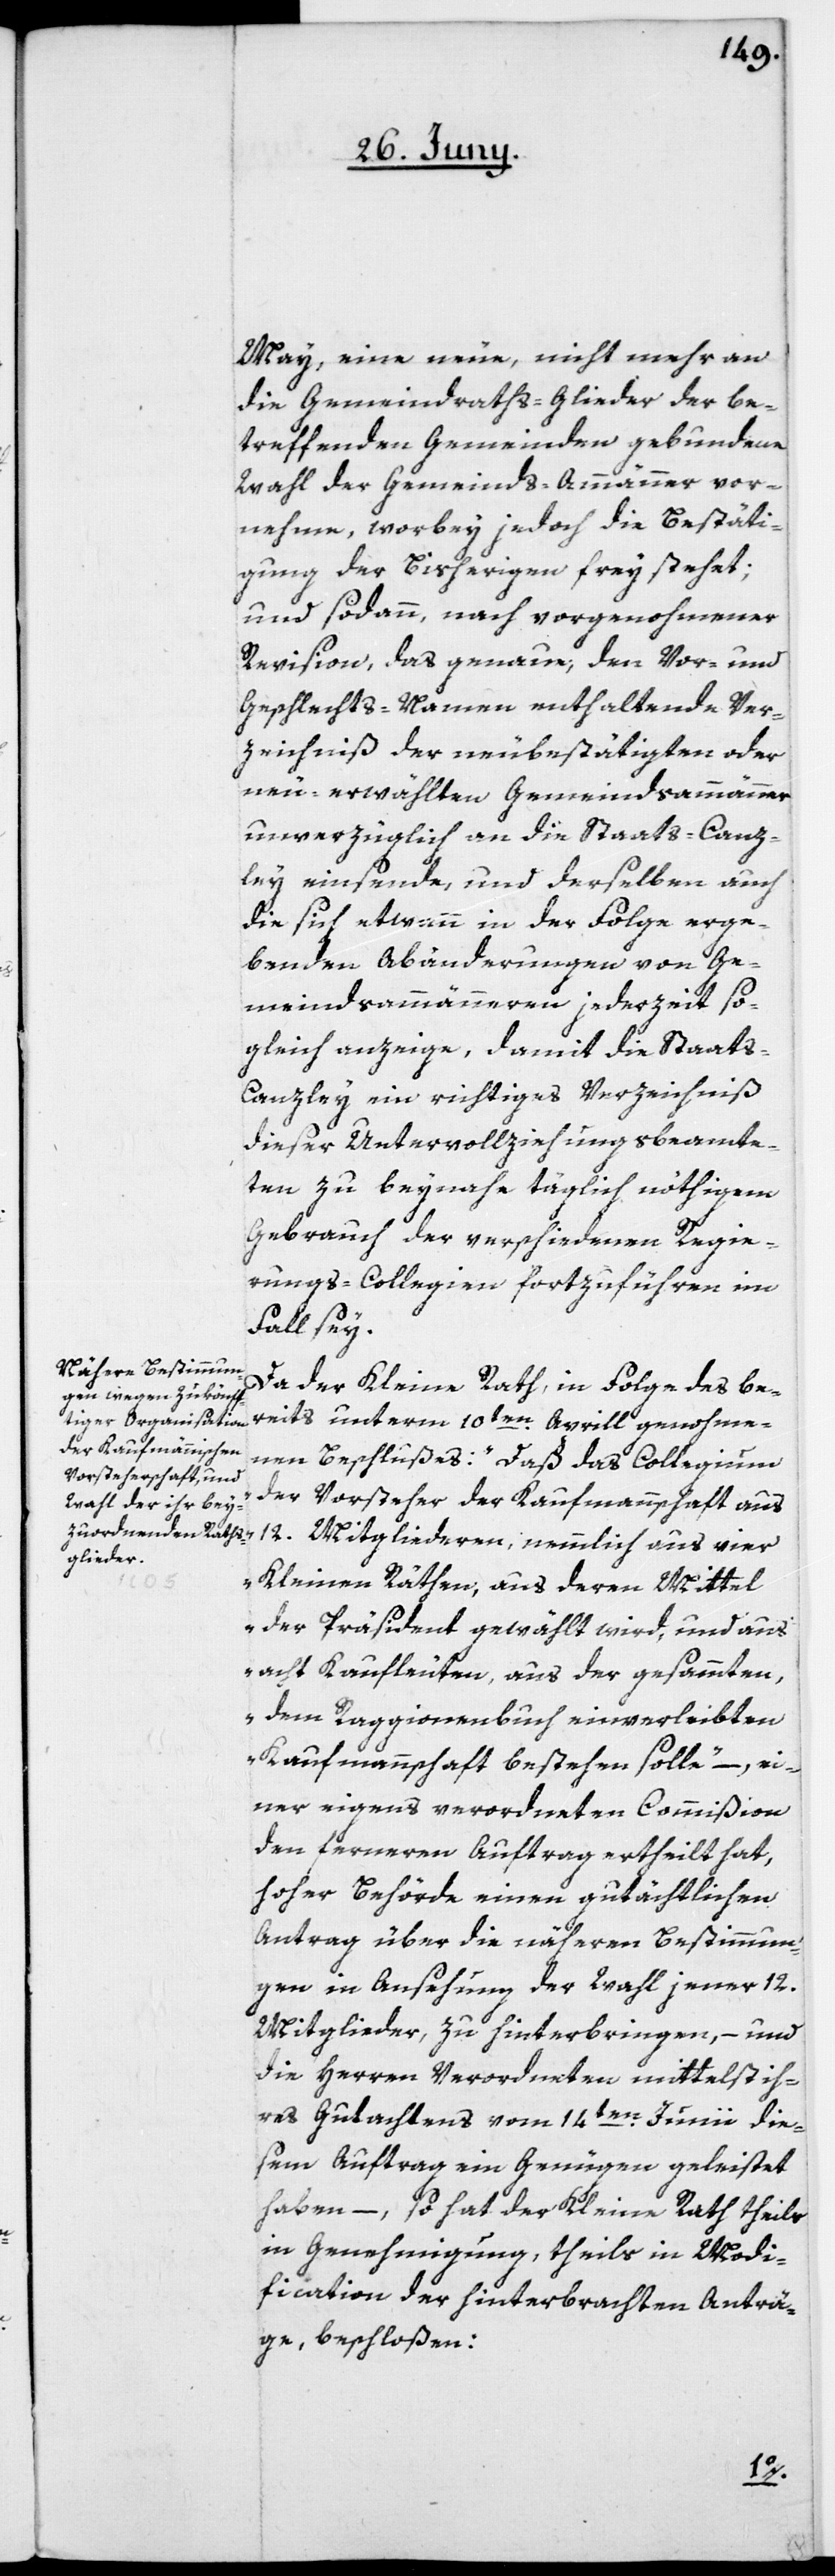
May, eine neue, nicht mehr an
die Gemeindraths-Glieder der be¬
treffenden Gemeinden gebundene
Wahl der Gemeinds-Ammänner vor¬
nehme, worbey jedoch die Bestäti¬
gung der Bisherigen frey stehet;
und sodann nach vorgenohmener
Revision, das genaue, den Vor- und
Geschlechts-Namen enthaltende Ver¬
zeichniß der neubestätigten oder
neu-erwählten Gemeindsammänner
unverzüglich an die Staats-Canz¬
ley einsende, und derselben auch
die sich etwann in der Folge erge¬
benden Abänderungen von Ge¬
meindsammänneren jederzeit so¬
gleich anzeige, damit die Staats-C¬
anzley ein richtiges Verzeichniß
dieser Untervollziehungsbeamte¬
ten zu beynahe täglich nöthigem
Gebrauch der verschiedenen Regie¬
rungs-Collegien fortzuführen im
Fall sey.
Da der Kleine Rath, in Folge des be¬
reits unterm 10ten Aprill genohme¬
nen Beschlußes: „Daß das Collegium
der Vorsteher der Kaufmannschaft aus
12. Mitgliederen, nemmlich aus vier
Kleinen Räthen, aus deren Mittel
der Präsident gewählt wird, und aus
acht Kaufleuten, aus der gesammten,
dem Raggionenbuch einverleibten
Kaufmannschaft bestehen solle“ – ei¬
ner eigens verordneten Commißion
den ferneren Auftrag ertheilt hat,
hoher Behörde einen gutächtlichen
Antrag über die näheren Bestimmun¬
gen in Ansehung der Wahl jener 12.
Mitglieder, zu hinterbringen, – und
die Herren Verordneten mittelst ih¬
res Gutachtens vom 14ten Junii die¬
sem Auftrag ein Genügen geleistet
haben, – so hat der Kleine Rath theils
in Genehmigung, theils in Modi¬
fication der hinterbrachten Anträ¬
ge beschloßen: